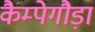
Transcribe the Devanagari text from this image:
कैम्पेगौड़ा